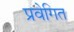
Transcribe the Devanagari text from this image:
प्रवेगित